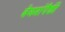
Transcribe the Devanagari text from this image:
बेगमांपैकी